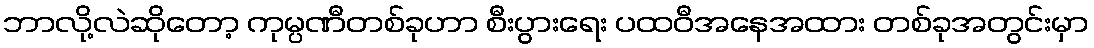
ဘာလို့လဲဆိုတော့ ကုမ္ပဏီတစ်ခုဟာ စီးပွားရေး ပထဝီအနေအထား တစ်ခုအတွင်းမှာ